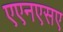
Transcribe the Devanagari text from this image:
एएनएसए